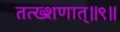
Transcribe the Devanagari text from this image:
तत्ख्शणात्॥९॥